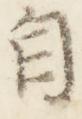
自